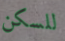
للسكن